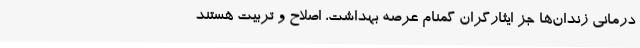
درمانی زندان‌ها جز ایثارگران گمنام عرصه بهداشت، اصلاح و تربیت هستند